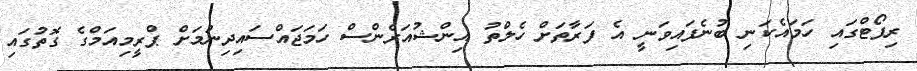
ރިޕޯޓްގައި ހަމައެކަނި ބުނެފައިވަނީ އެ ފަރާތަށް ހެލްތު އިންޝުއަރެންސް ހަމަޖައްސައިދިނުމަށް ޕްރީމިއަމްގެ ގޮތުގައި